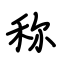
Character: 称